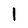
Character: I